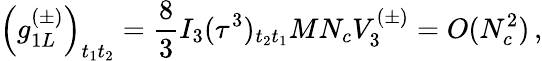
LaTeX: \left(g_{1L}^{(\pm)}\right)_{t_{1}t_{2}}=\frac{8}{3}I_{3}(\tau^{3})_{t_{2}t_{1}}MN_{c}V_{3}^{(\pm)}=O(N_{c}^{2})\, ,